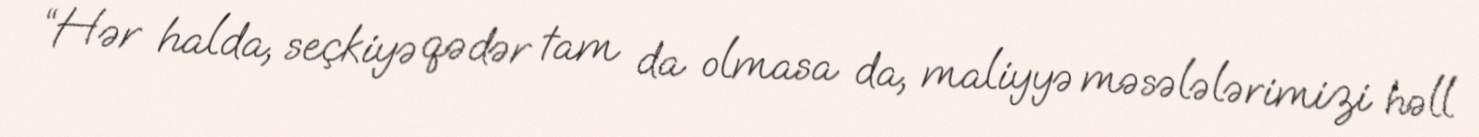
“Hər halda, seçkiyə qədər tam da olmasa da, maliyyə məsələlərimizi həll